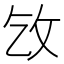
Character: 㩿